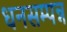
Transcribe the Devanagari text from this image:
धनसम्पन्न